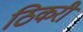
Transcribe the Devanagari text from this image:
ठिकरी